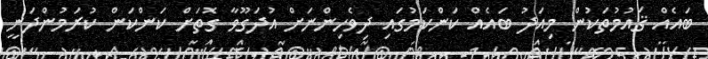
ބައެއް ޤައުމުތަކުން މިއަދު ބައެއް ކަންކަމުގައި ދިވެހިންނަށް އުދަގޫވާ ގޮތަށް ކަންކަން ކުރަމުންދަނީ